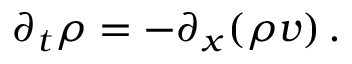
\partial _ { t } \rho = - \partial _ { x } ( \rho v ) \, .